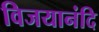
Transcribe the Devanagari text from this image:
विजयानंदि